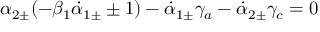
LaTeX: \alpha _ { 2 \pm } ( - \beta _ { 1 } \dot { \alpha } _ { 1 \pm } \pm 1 ) - \dot { \alpha } _ { 1 \pm } \gamma _ { a } - \dot { \alpha } _ { 2 \pm } \gamma _ { c } = 0